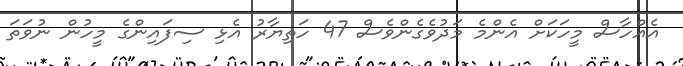
އެއްހާސް މީހަކަށް އެންމެ މަދުވެގެންވެސް 47 ހަތިޔާރު އެޅި ސިފައިންގެ މީހުން ނުވަތަ